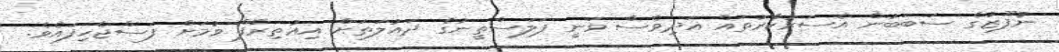
ނުފޫޒުގެ ސަބަބުން އެސަރުކާރުތައް އަދިވެސް ވަނީ ފަލަސްތީނުގެ ދައުލަތަށް އިޢުތިރާފް ވުމަށް ފަސްޖެހިފައެވެ.